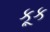
કૂક